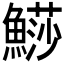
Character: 𩺳